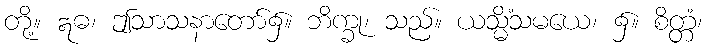
တို့။ ဣဓ၊ ဤသာသနာတော်၌။ ဘိက္ခု၊ သည်။ ယသ္မိံသမယေ၊ ၌။ စိတ္တံ၊